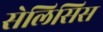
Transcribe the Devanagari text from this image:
सेलिसिस